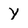
Character: Y